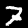
Digit: 7